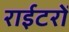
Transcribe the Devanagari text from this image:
राईटरों